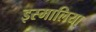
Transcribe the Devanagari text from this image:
इस्मालिया